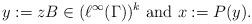
LaTeX: \begin{align*}y:= z B \in (\ell^\infty(\Gamma))^k \mbox{ and } x:= P(y).\end{align*}